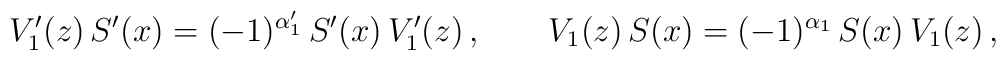
V'_1(z)\,S'(x)=(-1)^{\alpha'_1}\,S'(x)\,V'_1(z)\,,\qquad  V_1(z)\,S(x)=(-1)^{\alpha_1}\,S(x)\,V_1(z)\,,